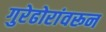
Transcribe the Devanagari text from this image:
गुरेढोरांवरून